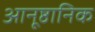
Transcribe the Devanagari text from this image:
आनूष्ठानिक